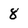
Character: 8